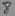
Text: 8